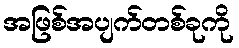
အဖြစ်အပျက်တစ်ခုကို